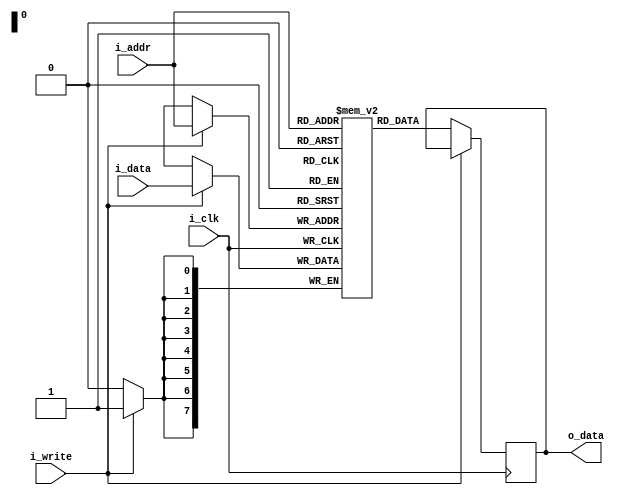
module sram #(parameter ADDR_WIDTH=8, DATA_WIDTH=8, DEPTH=256, MEMFILE="") (
    input wire i_clk,
    input wire [ADDR_WIDTH-1:0] i_addr, 
    input wire i_write,
    input wire [DATA_WIDTH-1:0] i_data,
    output reg [DATA_WIDTH-1:0] o_data 
    );

    reg [DATA_WIDTH-1:0] memory_array [0:DEPTH-1]; 

    initial begin
        if (MEMFILE > 0)
        begin
            $display("Loading memory init file '" + MEMFILE + "' into array.");
            $readmemh(MEMFILE, memory_array);
        end
    end

    always @ (posedge i_clk)
    begin
        if(i_write) begin
            memory_array[i_addr] <= i_data;
        end
        else begin
            o_data <= memory_array[i_addr];
        end     
    end
endmodule